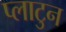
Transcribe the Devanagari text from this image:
प्लाटुन